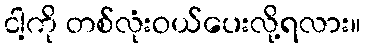
ငါ့ကို တစ်လုံးဝယ်ပေးလို့ရလား။